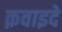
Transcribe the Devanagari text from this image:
क़वाइदे